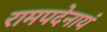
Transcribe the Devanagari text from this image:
रामपदेनायं